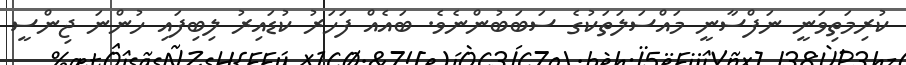
ކުރިމަތިވަނީ ނަފްސާނީ މައްސަލަތަކުގެ ސަބަބުންނެވެ. ބައެއް ފަހަރު ކުޑައިރު ލިބިފައި ހުންނަ ޖިންސީ